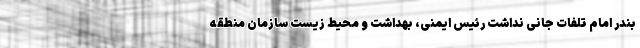
بندر امام تلفات جانی نداشت رئیس ایمنی، بهداشت و محیط زیست سازمان منطقه